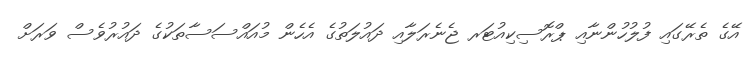
އޭގެ ތެރޭގައި ފުލުހުންނާއި ޕްރޮސިކިއުޓަރ ޖެނެރަލާއި ދައުލަތުގެ އެހެން މުއައްސަސާތަކުގެ ދައުރުވެސް ވަރަށް